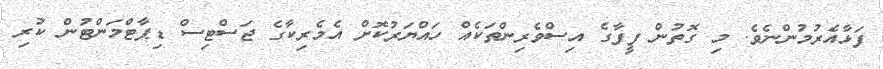
ފަޅާއެރުމުންނެވެ. މި ގޮތުން ފީފާގެ އިސްވެރިންތަކެއް ހައްޔަރުކޮށް އެމެރިކާގެ ޖަސްޓިސް ޑިޕާޓްމަންޓުން ކުރި